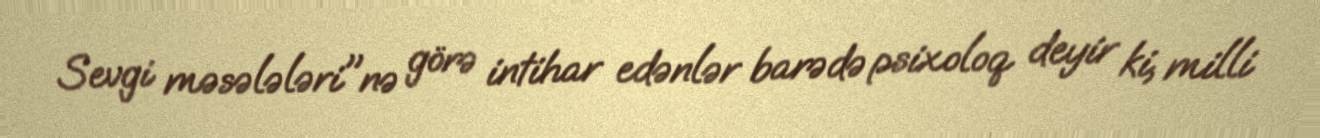
Sevgi məsələləri"nə görə intihar edənlər barədə psixoloq deyir ki, milli